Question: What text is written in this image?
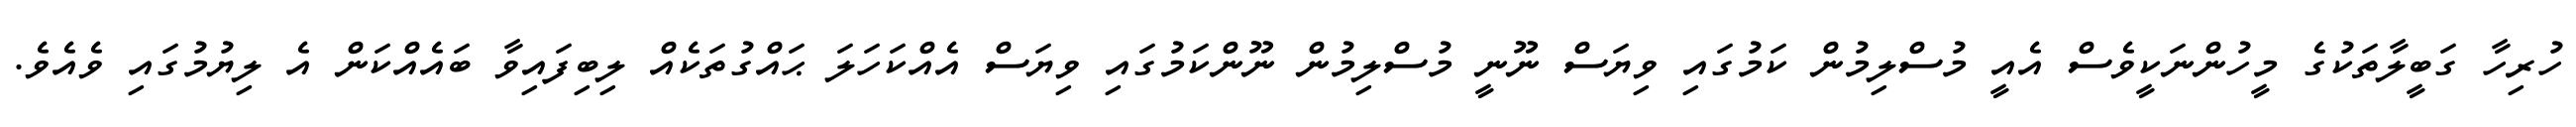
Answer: ހުރިހާ ގަބީލާތަކުގެ މީހުންނަކީވެސް އެއީ މުސްލިމުން ކަމުގައި ވިޔަސް ނޫނީ މުސްލިމުން ނޫންކަމުގައި ވިޔަސް އެއްކަހަލަ ޙައްގުތަކެއް ލިބިފައިވާ ބައެއްކަން އެ ލިޔުމުގައި ވެއެވެ.